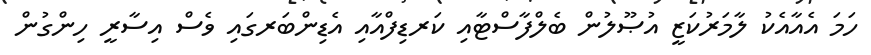
ހަމަ އެއާއެކު ލާމަރުކަޒީ އުޞޫލުން ބެލްފާސްޓާއި ކަރޑިފްއާއި އެޑިންބަރގައި ވެސް އިސާރީ ހިންގުން